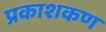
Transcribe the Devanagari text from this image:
प्रकाशकण